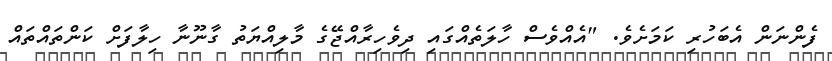
ފެންނަން އެބަހުރި ކަމަށެވެ. "އެއްވެސް ހާލަތެއްގައި ދިވެހިރާއްޖޭގެ މާލިއްޔަތު ގާނޫނާ ހިލާފަށް ކަންތައްތައް